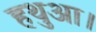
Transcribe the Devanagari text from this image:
हथुआ।